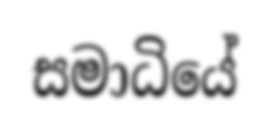
සමාධියේ